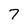
Character: 7